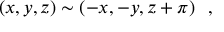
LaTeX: ( x , y , z ) \sim ( - x , - y , z + \pi ) \ \ ,